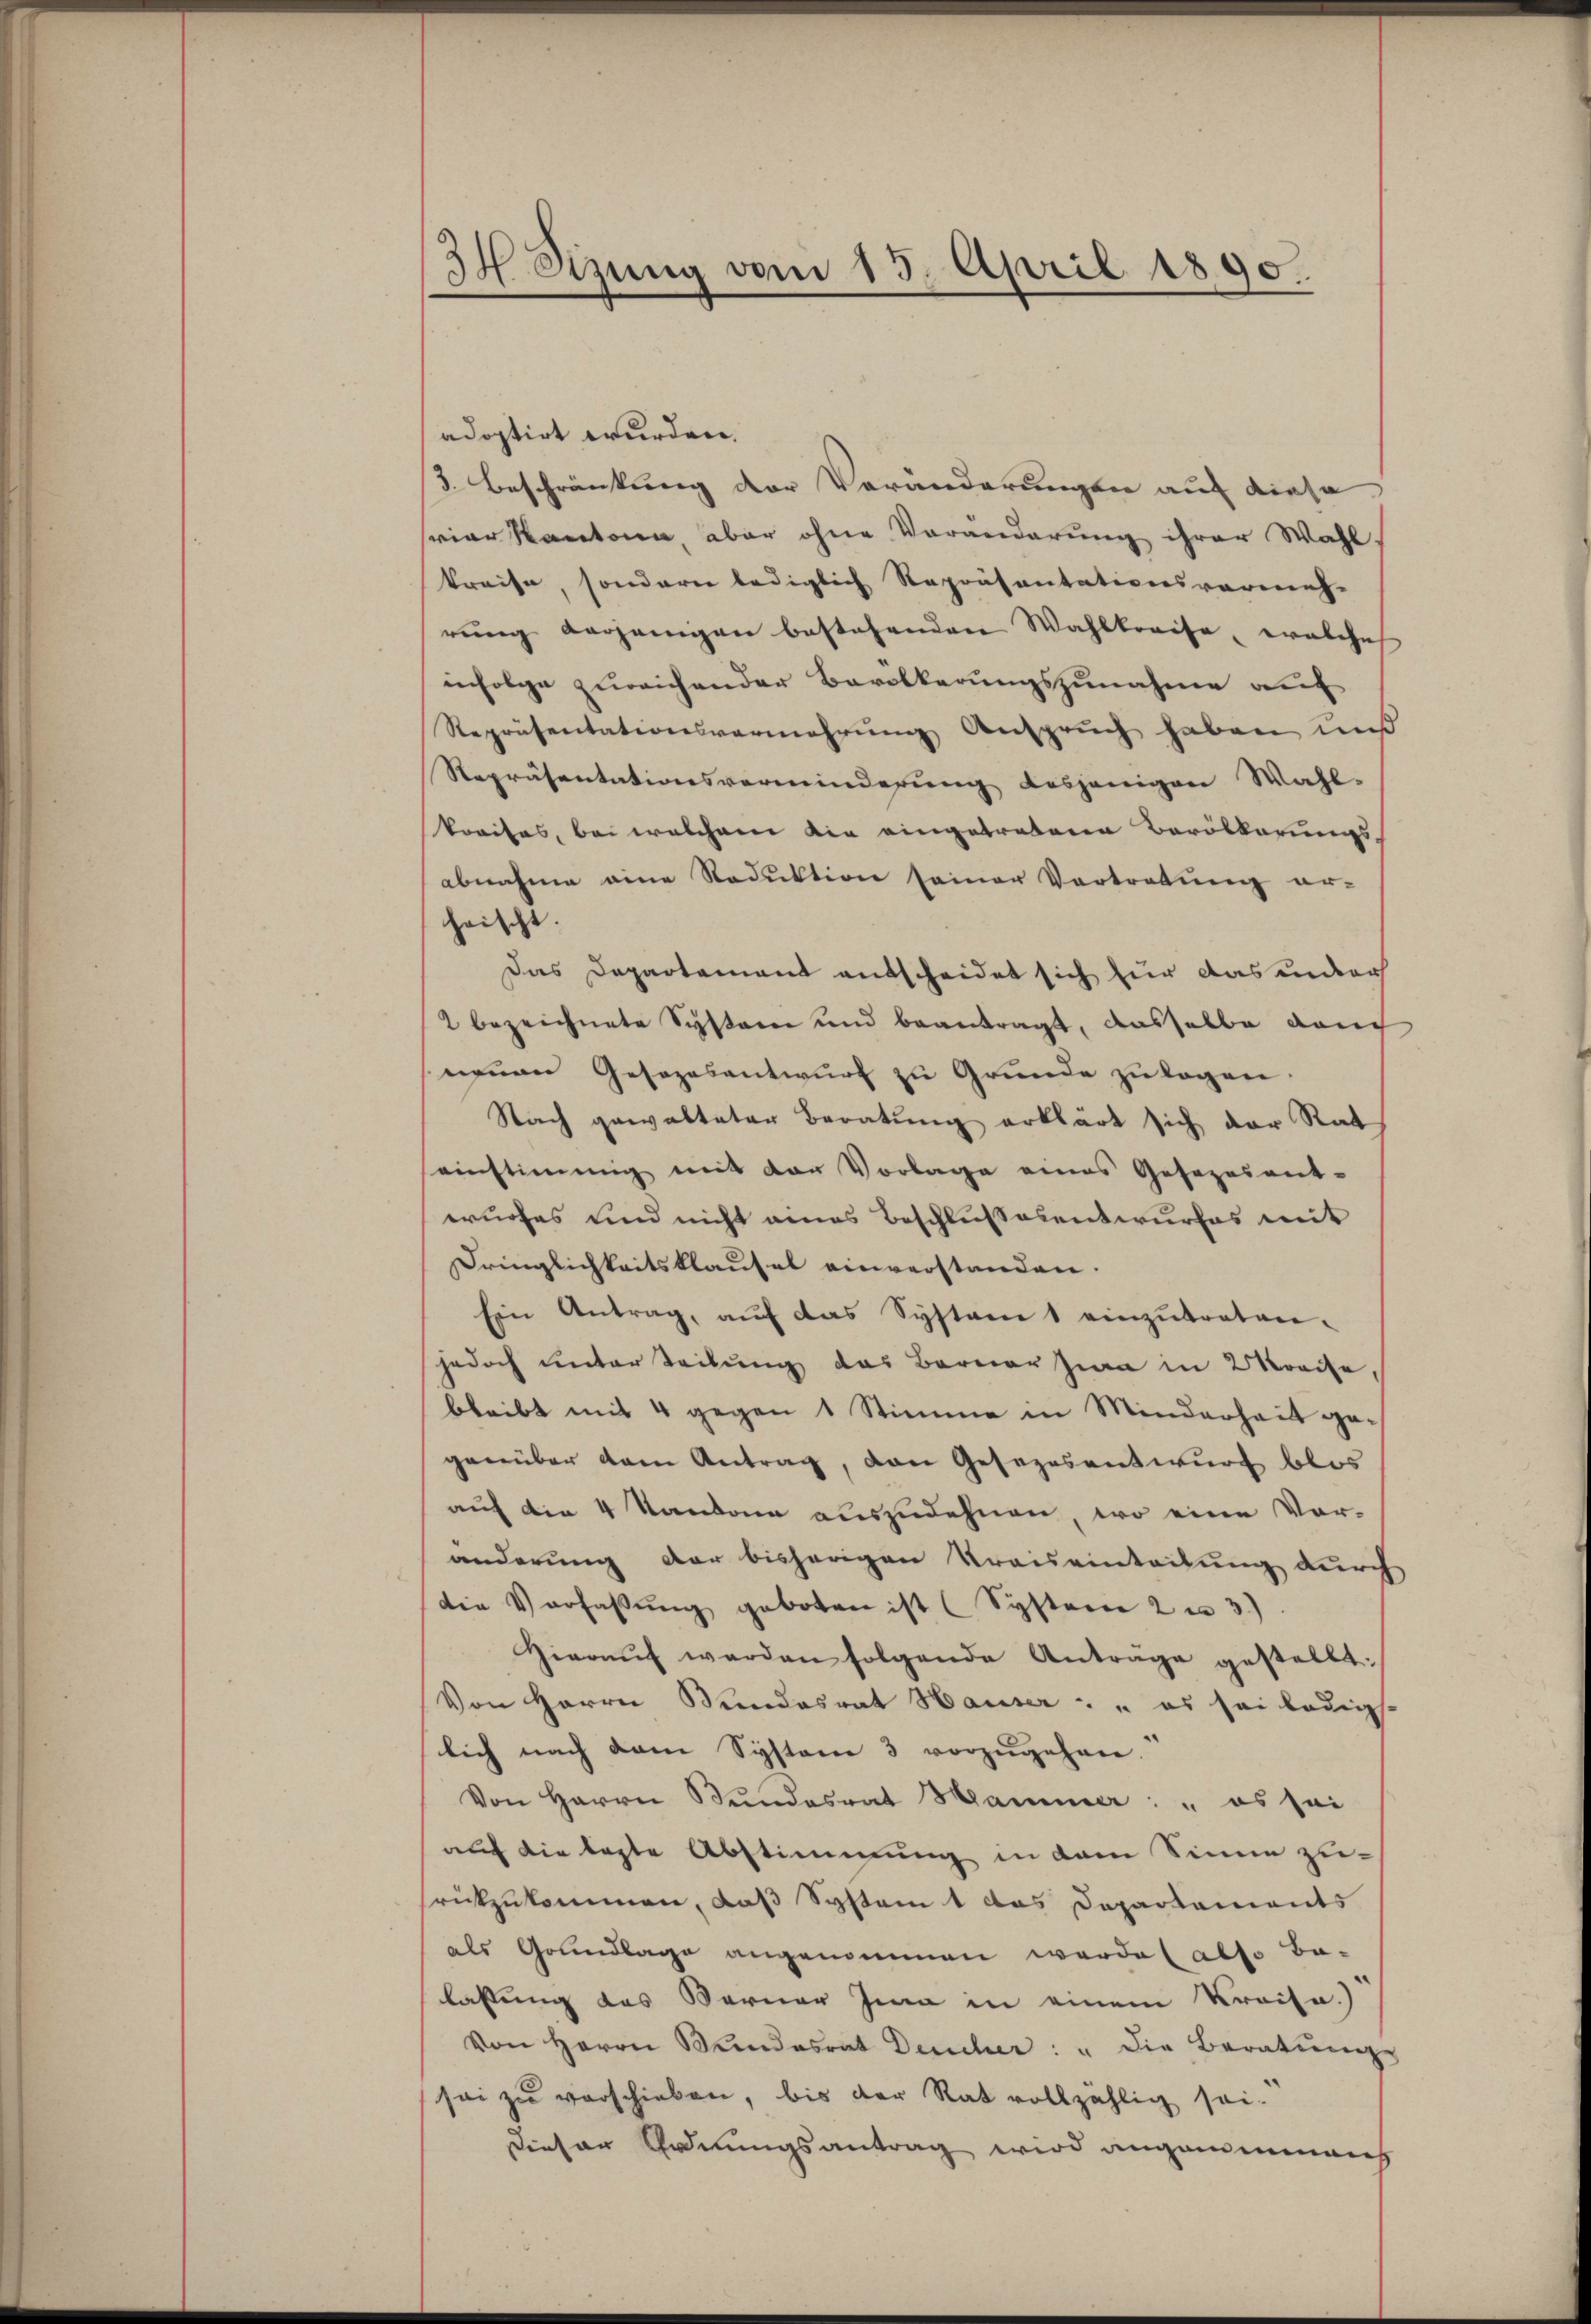
34 Stzung vom 13. April 1890.

adoptirt wurden.
3. Beschränkung der Veränderungen auf diese
vier Kantona aber ohne Veränderung ihrer Wahl.
kreise, sondern lediglich Repräsentationsvermehrŭng derjenigen bestehenden Wahlkreise, ernlehnt
infolge zureichender Bevölkerungszunahme auf
Repräsentationsvermehrung Anspruch haben uns
Repräsentationsverminderung desjenigen Wahl-
kraises, bei welchem die eingetretenen Bevölkerungsabnahme eine Reduktion seiner Vortretung er-
heischt.
Das Departement entscheidet sich für das ander
2 bezeichnete System und beantragt, dasselbe auch
neuen Gesezesantwurf zu Grunde zu legen.
Nach gewalteter Beratung erklärt sich der Rat
einstimmig mit der Vorlage eines Gesezesent-
wurfes und nicht eines Beschlußesentwurfes mit
Dringlichkeitsklausel einverstanden.
Ein Antrag, auf das Systeme 1 einzutreten.
jedoch unter Teilung das Berner sia in Kreise,
bleibt mit 4 gegen 1 Stimme in Minderheit gegenüber dem Antrag, den Gesezesentwurf blos
auf die 4 Kantone auszudehnen, wo eine Vor-
änderung der bisherigen Kraisainteilung durch
die Verfassŭng geboten ist (Systeme 2 u 3)
Zieraŭf werden folgende Antrage gestellt:
Von Herrn Mandesrat Hauser: " es sei ledigst
lich nach dem Systeme 3 vorzugehen.
Von Herrn Bundesrat Hammer: " es sei
auf die legte Abstimmung in dem Sinne zusrückzukommen, daß System t das Departements
als Grundlage angenommen werde (also Ba-
lassung des Berner Ina in einem Kreise.)
Von Herrn Bundesrat Deucher: " die Beratŭng
sei zu verschieben, bis der Rat vollzählig sei-
Dieser Ordnungsantrag wird angemeinans